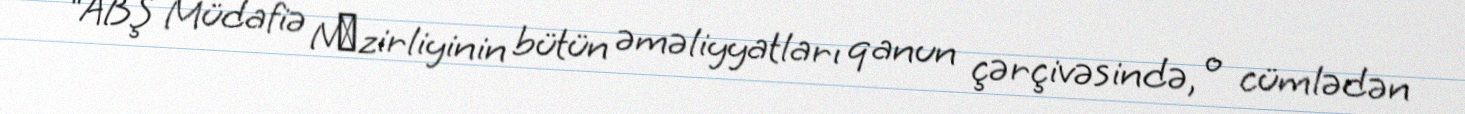
“ABŞ Müdafiə Nаzirliyinin bütün əməliyyatları qanun çərçivəsində, o cümlədən